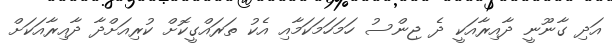
އަދި ގާނޫނީ ދާއިރާއަކީ ދެ ޖިންސު ހަަމަހަމަކަމާއި އެކު ތަރައްގީކޮށް ކުރިއަށްދާ ދާއިރާއަކަށް